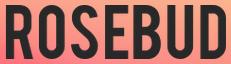
ROSEBUD